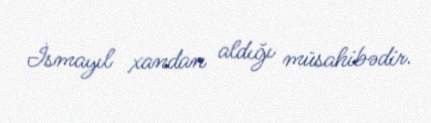
İsmayıl xandan aldığı müsahibədir.